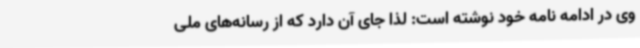
وی در ادامه نامه خود نوشته است: لذا جای آن دارد که از رسانه‌های ملی